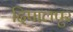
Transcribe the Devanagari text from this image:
दिपालपुर